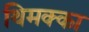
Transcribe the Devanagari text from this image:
थिमक्का